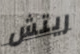
ريتش